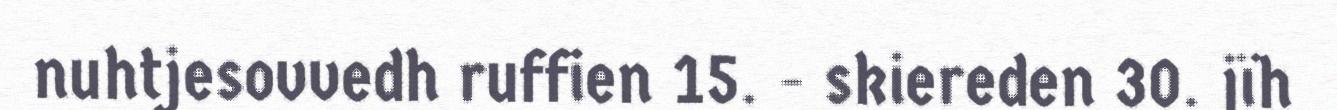
nuhtjesovvedh ruffien 15. - skiereden 30. jïh